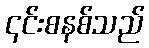
၎င်းစနစ်သည်